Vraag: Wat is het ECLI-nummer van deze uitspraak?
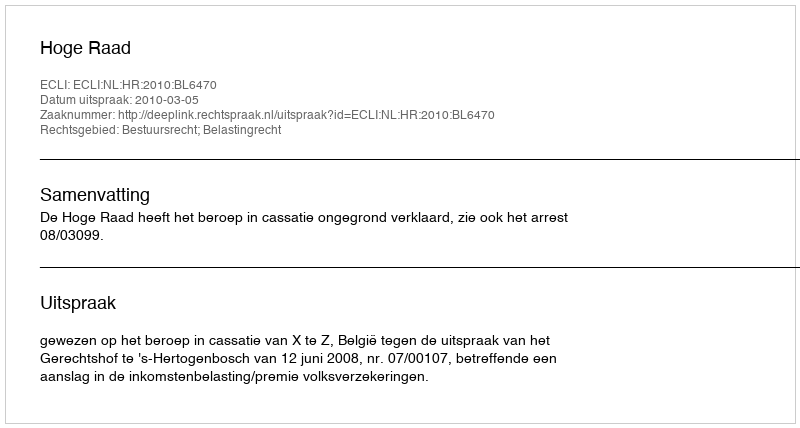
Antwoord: ECLI:NL:HR:2010:BL6470